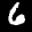
Digit: 6